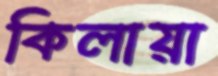
কিলায়া